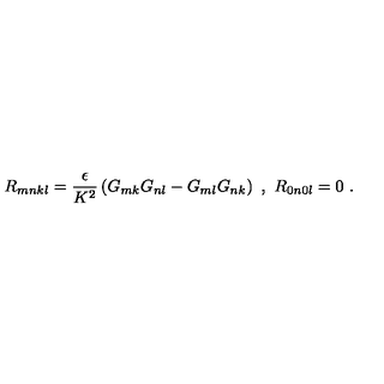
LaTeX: R _ { m n k l } = \frac { \epsilon } { K ^ { 2 } } \left( G _ { m k } G _ { n l } - G _ { m l } G _ { n k } \right) \ , \ R _ { 0 n 0 l } = 0 \ .